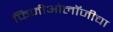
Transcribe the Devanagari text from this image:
फिजीओलॉजीचा